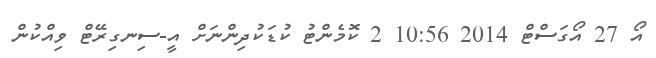
އޯ 27 އޯގަސްޓް 2014 10:56 2 ކޮމެންޓު ކުޑަކުދިންނަށް އީ-ސިނގިރޭޓް ވިއްކުން